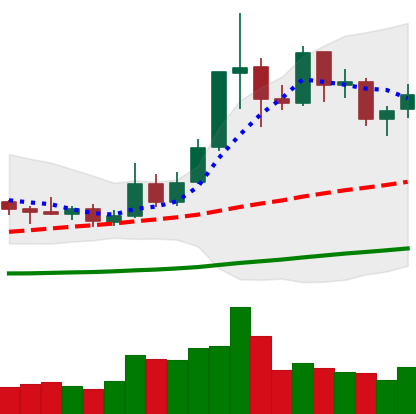
Ticker: ETC-USD
Chart end date: 2019-05-24
Forward return: 12.225%
Label: up_7plus